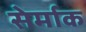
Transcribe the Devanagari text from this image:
सेर्माक